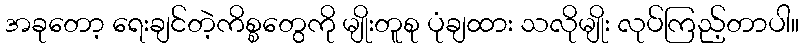
အခုတော့ ရေးချင်တဲ့ကိစ္စတွေကို မျိုးတူစု ပုံချထား သလိုမျိုး လုပ်ကြည့်တာပါ။